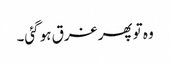
وہ تو پھر غرق ہو گئی۔